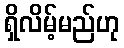
ရှိလိမ့်မည်ဟု